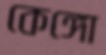
কেঙ্গো